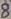
Text: 8